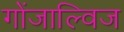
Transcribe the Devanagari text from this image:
गोंजाल्विज